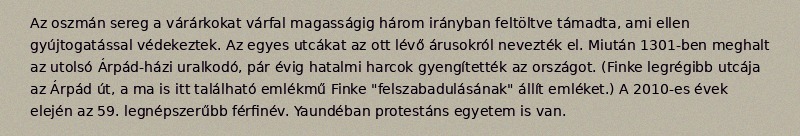
Az oszmán sereg a várárkokat várfal magasságig három irányban feltöltve támadta, ami ellen gyújtogatással védekeztek. Az egyes utcákat az ott lévő árusokról nevezték el. Miután 1301-ben meghalt az utolsó Árpád-házi uralkodó, pár évig hatalmi harcok gyengítették az országot. (Finke legrégibb utcája az Árpád út, a ma is itt található emlékmű Finke "felszabadulásának" állít emléket.) A 2010-es évek elején az 59. legnépszerűbb férfinév. Yaundéban protestáns egyetem is van.